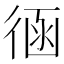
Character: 𢔈